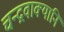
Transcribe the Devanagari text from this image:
चन्द्रवाक्यानि